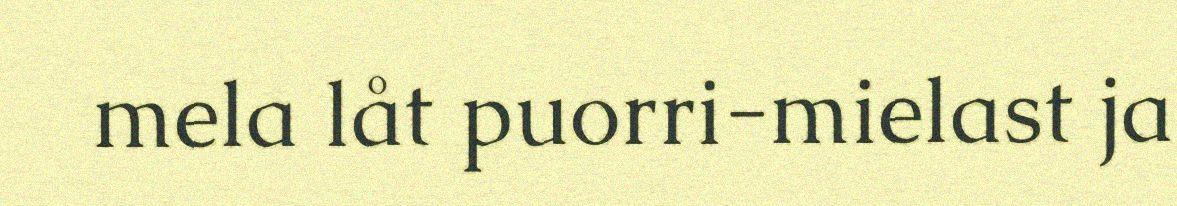
mela låt puorri-mielast ja